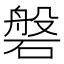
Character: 磐